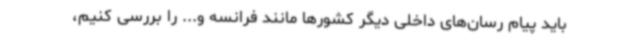
باید پیام رسان‌های داخلی دیگر کشورها مانند فرانسه و... را بررسی کنیم،